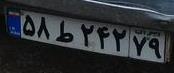
۵۸ط۲۴۲۷۹